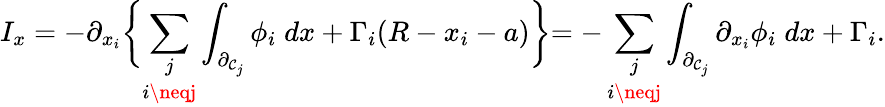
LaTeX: I_{x}=-\partial_{x_{i}}\biggl\{ \underset{i\neqj}{\sum_{j}}\int_{\partial_{\mathcal{C}_{j}}}\phi_{i}\; dx+\Gamma_{i}(R-x_{i}-a)\biggl\} =-\underset{i\neqj}{\sum_{j}}\int_{\partial_{\mathcal{C}_{j}}}\partial_{x_{i}}\phi_{i}\; dx+\Gamma_{i}.